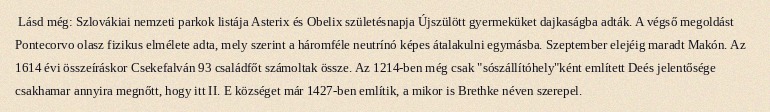
Lásd még: Szlovákiai nemzeti parkok listája Asterix és Obelix születésnapja Újszülött gyermeküket dajkaságba adták. A végső megoldást Pontecorvo olasz fizikus elmélete adta, mely szerint a háromféle neutrínó képes átalakulni egymásba. Szeptember elejéig maradt Makón. Az 1614 évi összeíráskor Csekefalván 93 családfőt számoltak össze. Az 1214-ben még csak "sószállítóhely"ként említett Deés jelentősége csakhamar annyira megnőtt, hogy itt II. E községet már 1427-ben említik, a mikor is Brethke néven szerepel.